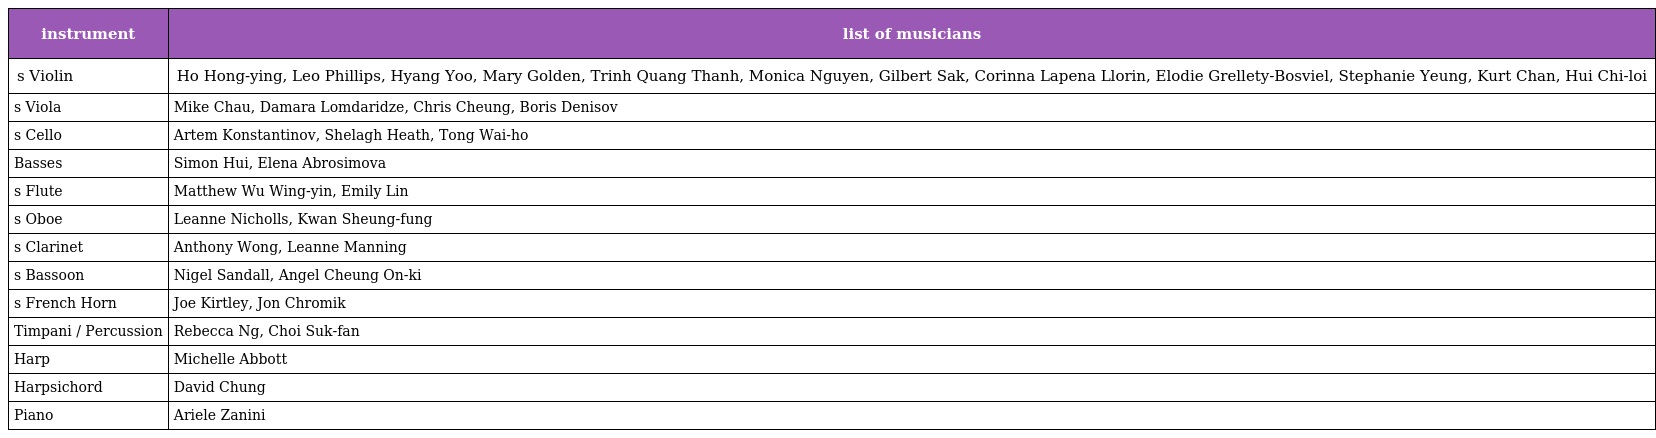
| instrument | list of musicians |
 | --- | --- |
 | s Violin | Ho Hong-ying, Leo Phillips, Hyang Yoo, Mary Golden, Trinh Quang Thanh, Monica Nguyen, Gilbert Sak, Corinna Lapena Llorin, Elodie Grellety-Bosviel, Stephanie Yeung, Kurt Chan, Hui Chi-loi |
 | s Viola | Mike Chau, Damara Lomdaridze, Chris Cheung, Boris Denisov |
 | s Cello | Artem Konstantinov, Shelagh Heath, Tong Wai-ho |
 | Basses | Simon Hui, Elena Abrosimova |
 | s Flute | Matthew Wu Wing-yin, Emily Lin |
 | s Oboe | Leanne Nicholls, Kwan Sheung-fung |
 | s Clarinet | Anthony Wong, Leanne Manning |
 | s Bassoon | Nigel Sandall, Angel Cheung On-ki |
 | s French Horn | Joe Kirtley, Jon Chromik |
 | Timpani / Percussion | Rebecca Ng, Choi Suk-fan |
 | Harp | Michelle Abbott |
 | Harpsichord | David Chung |
 | Piano | Ariele Zanini |